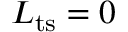
L _ { \mathrm { t s } } = 0